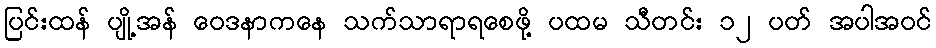
ပြင်းထန် ပျို့အန် ဝေဒနာကနေ သက်သာရာရစေဖို့ ပထမ သီတင်း ၁၂ ပတ် အပါအဝင်